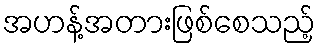
အဟန့်အတားဖြစ်စေသည့်